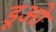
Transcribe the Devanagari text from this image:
डूओ